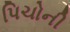
પિચોની